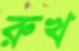
রুখ